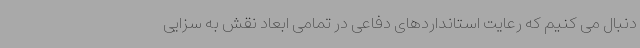
دنبال می کنیم که رعایت استانداردهای دفاعی در تمامی ابعاد نقش به سزایی